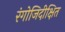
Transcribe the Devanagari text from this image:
रंगोजिदीक्षित